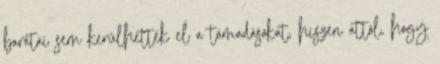
barátai sem kerülhették el a támadásokat, hiszen attól, hogy